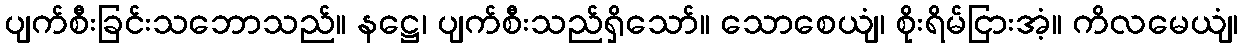
ပျက်စီးခြင်းသဘောသည်။ နဋ္ဌေ၊ ပျက်စီးသည်ရှိသော်။ သောစေယျံ၊ စိုးရိမ်ငြားအံ့။ ကိလမေယျံ၊